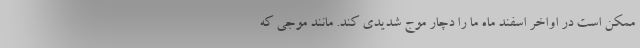
ممکن است در اواخر اسفند ماه ما را دچار موج شدیدی کند. مانند موجی که